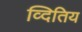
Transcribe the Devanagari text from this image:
व्दितिय